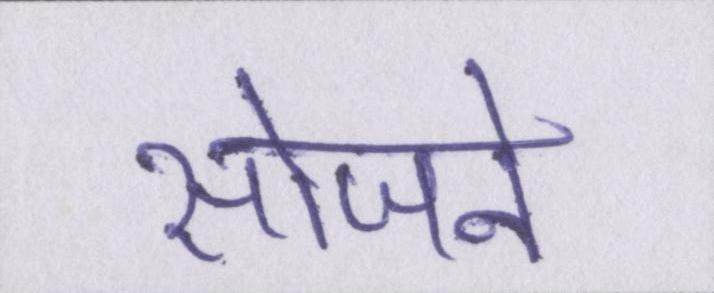
सोजने